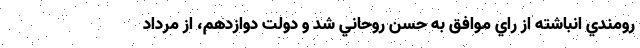
رومندي انباشته از راي موافق به حسن روحاني شد و دولت دوازدهم، از مرداد